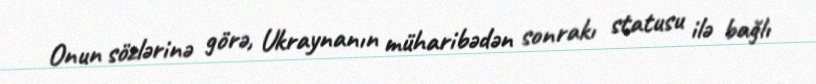
Onun sözlərinə görə, Ukraynanın müharibədən sonrakı statusu ilə bağlı